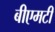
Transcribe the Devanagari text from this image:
बीएमटी